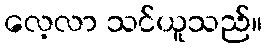
လေ့လာ သင်ယူသည်။